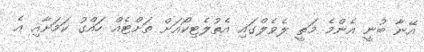
އޭނާ ބުނީ އެންމެ މަތީ ލެވެލްގައި އެތުލެޓިކޯއަށް ތަށްޓެއް ހައްގު ކަމަށާއި އެ